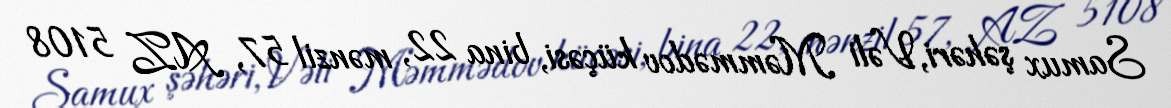
Samux şəhəri, Vəli Məmmədov küçəsi, bina 22, mənzil 57, AZ 5108